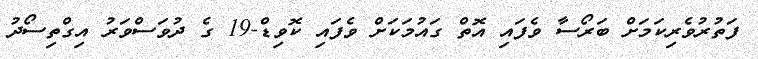
ފަތުރުވެރިކަމަށް ބަރޯސާ ވެފައި އޮތް ގައުމަކަށް ވެފައި ކޮވިޑް-19 ގެ ދުވަސްވަރު އިގްތިސޯދު